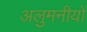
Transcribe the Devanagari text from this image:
अलुमनीयों